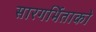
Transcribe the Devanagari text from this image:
सारगर्भिताको